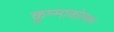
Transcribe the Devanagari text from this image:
कुम्माकोणम